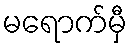
မရောက်မှီ